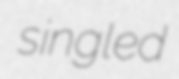
singled